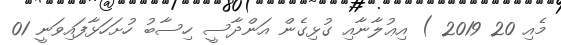
މެއި 20 2019 ) އިޢުލާނާއި ގުޅިގެން އަންދާސީ ހިސާބު ހުށަހަޅާފައިވަނީ 01